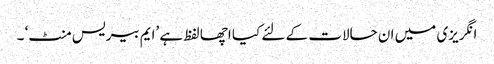
انگریزی میں ان حالات کے لئے کیا اچھا لفظ ہے ’ایم بیریس منٹ‘ ۔